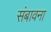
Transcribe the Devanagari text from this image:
संबावना